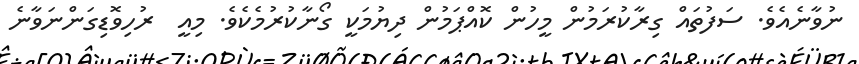
ނުވާނެއެވެ. ސަފުތައް ގިރާކުރަމުން މީހުން ކޮއްޕަމުން ދިޔުމަކީ ގޯނާކުރުމެކެވެ. މިއީ  ރުހިވޮޑިގަންނަވާނެ